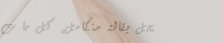
محل بقالة متكامل، كل ما ت